Note on surra in camels for commandants of camel corps
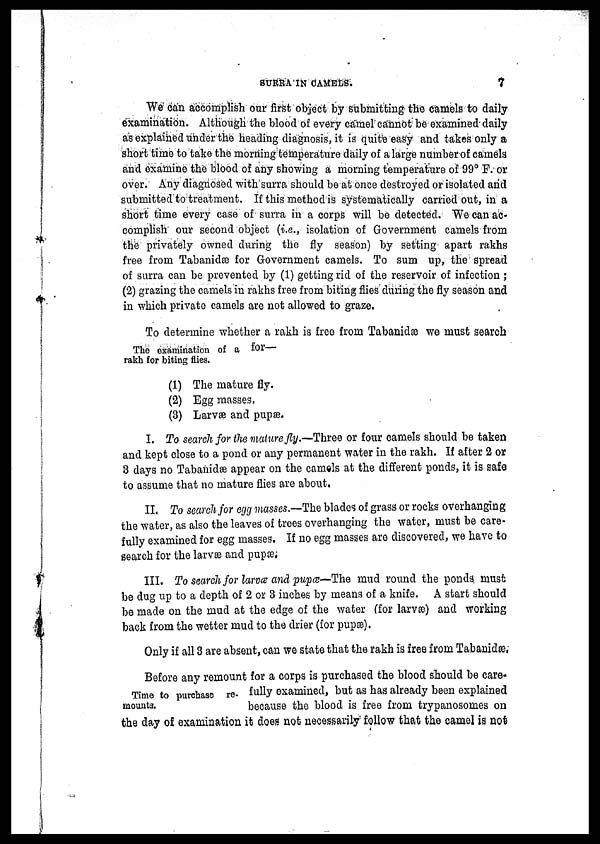
SURRA IN
CAMELS.
7
We can accomplish our first object by submitting the camels to daily
examination. Although the blood of every camel cannot be examined daily
as explained under the heading diagnosis, it is quite easy and takes only a
short time to take the morning temperature daily of a large number of camels
and examine the blood of any showing a morning temperature of 99° F. or
over. Any diagnosed with surra should be at once destroyed or isolated and
submitted to treatment. If this methodis systematically carried out, in a
short time every case of surra in a corps will be detected. We can ac-
complish our second object (i.e., isolation of Government camels from
the privately owned during the fly season) by setting apart rakhs
free from Tabanidae for Government camels. To sum up, the spread
of surra can be prevented by (1) getting rid of the reservoir of infection;
(2) grazing the camels in rakhs free from biting flies during the fly season and
in which private camels are not allowed to graze.
To determine whether a rakh is free from Tabanidae we must search
The examination of a for—
rakh for biting flies.
(1) The mature fly.
(2) Egg masses.
(3) Larvae and pupae.
I. To search for the mature fly.-—Three or four camels should be taken
and kept close to a pond or any permanent water in the rakh. If after 2 or
3 days no Tabanidae appear on the camels at the different ponds, it is safe
to assume that no mature flies are about,
II. To search for egg masses.—The blades of grass or rocks overhanging
the water, as also the leaves of trees overhanging the water, must be care-
fully examined for egg masses. If no egg masses are discovered, we have to
search for the larvae and pupae;
III. To search for larva and pupa—The mud round the ponds, must
be dug up to a depth of 2 or 3 inches by means of a knife. A start should
be made on the mud at the edge of the water (for larvae) and working
back from the wetter mud to the drier (for pupae).
Only if all 3 are absent, can we state that the rakh is free from Tabanidae,
Time to purchase re¬
mounts.
Before any remount for a corps is purchased the blood should be care-
fully examined, but as has already been explained
because the blood is free from trypanosomes on
the day of examination it does not necessarily follow that the camel is not